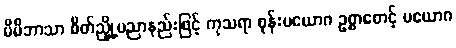
မိမိဘာသာ စိတ်ညှို့ပညာနည်းဖြင့် ကုသရာ စုန်းပယောဂ ဥစ္စာစောင့် ပယောဂ